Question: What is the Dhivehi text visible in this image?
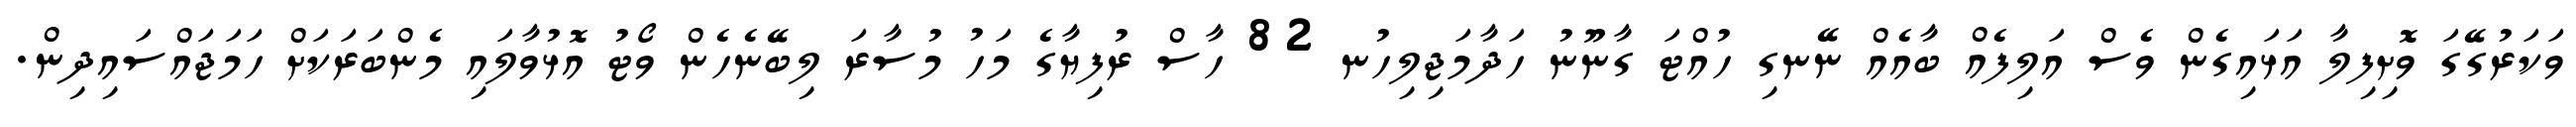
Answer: ވަކަރުގޭގަ ވޮށިފިލާ އަޅައިގެން ވެސް އަލިފެއް ބާއެއް ނޭނގި ހުއްޓަ ގާނޫނު ހަދާމަޖިލިހުނ 82 ހާސް ރުފިޔާގެ މަހު މުސާރަ ލިބޭނެހެން ވޯޓު އޮޅުވާލައި މެންބަރަކަށް ހަމަޖައްސައިދިން.